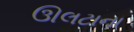
ઊલટાના